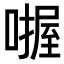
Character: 𪢅